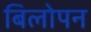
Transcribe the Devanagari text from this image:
बिलोपन